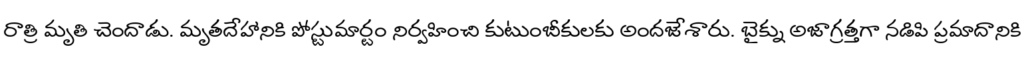
రాత్రి మృతి చెందాడు. మృతదేహానికి పోస్టుమార్టం నిర్వహించి కుటుంబీకులకు అందజేశారు. బైక్ను అజాగ్రత్తగా నడిపి ప్రమాదానికి